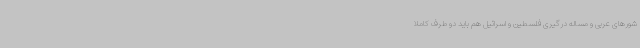
شورهای عربی و مساله درگیری فلسطین و اسرائیل هم باید دو طرف کاملا